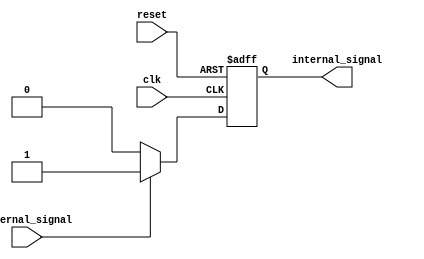
module IOB_low_power_buffer (
    input wire clk,
    input wire reset,
    input wire external_signal,
    output reg internal_signal
);

reg [7:0] voltage_level; // adjustable voltage levels
reg [3:0] slew_rate; // adjustable slew rates

always @(posedge clk or posedge reset)
begin
    if (reset)
    begin
        voltage_level <= 8'h00; // initialize voltage level to 0
        slew_rate <= 4'h0; // initialize slew rate to 0
        internal_signal <= 1'b0; // initialize internal signal to 0
    end
    else
    begin
        // implementation of input buffer with high-sensitivity
        if (external_signal)
        begin
            internal_signal <= 1'b1; // receive signals onto the chip
        end
        else
        begin
            internal_signal <= 1'b0;
        end

        // implementation of output buffer with high-impedance
        // drive signals off the chip
        // power management techniques to minimize power consumption
    end
end

endmodule